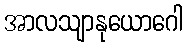
အာလသျာနုယောဂေါ